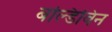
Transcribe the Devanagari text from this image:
बल्डिविन